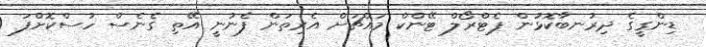
ޑިންގީގެ ދިރުނބާކޮޅުން ޕެޓްރޯލް ޓޭންކް މައްޗަށް އެރިތަން ފެނުނީ އޭތި ގެނެސް ހުސްކޮށްފަ